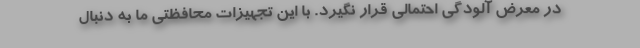
در معرض آلودگی احتمالی قرار نگیرد. با این تجهیزات محافظتی ما به دنبال